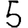
Digit: 5